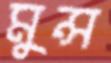
মুন্স